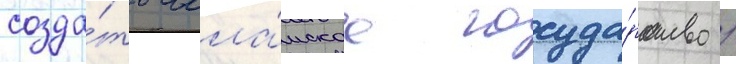
созда́ть исла́мское госуда́рство /